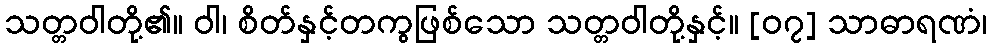
သတ္တဝါတို့၏။ ဝါ၊ စိတ်နှင့်တကွဖြစ်သော သတ္တဝါတို့နှင့်။ [၀၇] သာဓာရဏံ၊